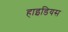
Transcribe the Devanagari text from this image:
हाइडियस